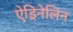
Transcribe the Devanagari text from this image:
ऐड्रिनेलिन